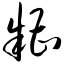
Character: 糟